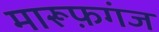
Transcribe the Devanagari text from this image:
मारूफ़गंज